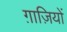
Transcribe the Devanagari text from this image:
ग़ाज़ियों